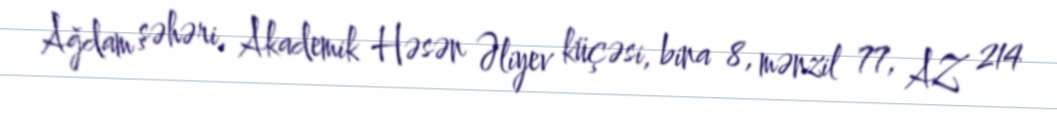
Ağdam şəhəri, Akademik Həsən Əliyev küçəsi, bina 8, mənzil 77, AZ 214